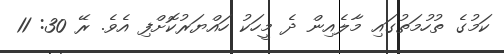
ކަމުގެ ތުހުމަތުގައި މާލެއިން ދެ މީހަކު ހައްޔަރުކޮށްފި އެވެ. ރޭ 30: 11